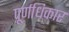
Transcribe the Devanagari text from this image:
पूर्णधिकार